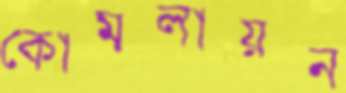
কোমলায়ন